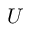
\boldsymbol { U }